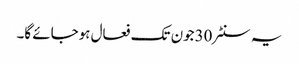
یہ سنٹر 30جون تک فعال ہوجائے گا۔